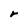
Character: r